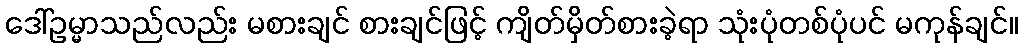
ဒေါ်ဥမ္မာသည်လည်း မစားချင် စားချင်ဖြင့် ကျိတ်မှိတ်စားခဲ့ရာ သုံးပုံတစ်ပုံပင် မကုန်ချင်။